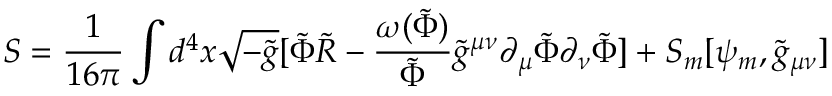
{ \cal { S } } = \frac { 1 } { 1 6 \pi } \int d ^ { 4 } x \sqrt { - \tilde { g } } [ \tilde { \Phi } \tilde { R } - \frac { \omega ( \tilde { \Phi } ) } { \tilde { \Phi } } \tilde { g } ^ { \mu \nu } \partial _ { \mu } \tilde { \Phi } \partial _ { \nu } \tilde { \Phi } ] + { \cal { S } } _ { m } [ \psi _ { m } , \tilde { g } _ { \mu \nu } ]